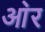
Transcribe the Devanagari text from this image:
आ॓र